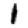
Digit: 1